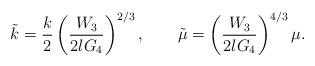
LaTeX: \begin{align*}\tilde{k} =\frac{k}{2} \left( \frac{W_3}{2lG_4} \right)^{2/3}, \qquad \tilde{\mu} =\left( \frac{W_3}{2lG_4} \right)^{4/3} \mu .\end{align*}